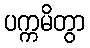
ပက္ကမိတွာ